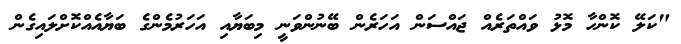
"ކަލޭ ކޮންހާ މޮޅު ވައްތަރެއް ޖައްސަން އަހަރެން ބޭނުންވަނީ މިބަޔާއި އަހަރުމެންގެ ބަޔާއެއްކޮށްލައިގެން